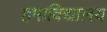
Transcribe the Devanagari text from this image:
हमाविद्यालय